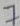
Text: 7